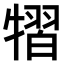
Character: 𤛊